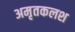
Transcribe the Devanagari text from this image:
अमृतकलश